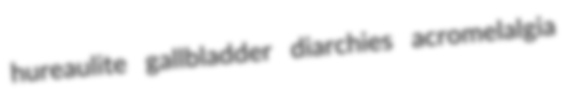
hureaulite gallbladder diarchies acromelalgia